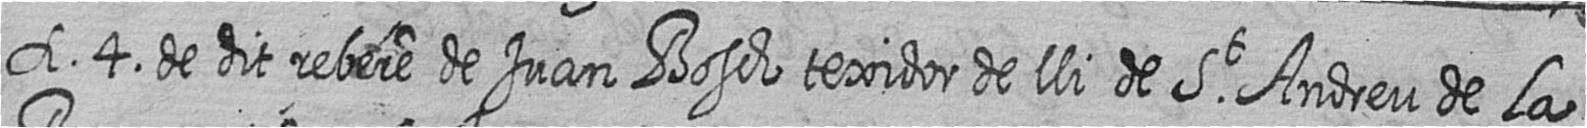
A 4 de dit rebere de Juan Bosch texidor de lli de St Andreu de La